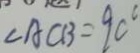
\angle A C B = 9 0 ^ { \circ }